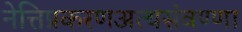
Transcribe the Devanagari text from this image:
नेत्तिप्रकरणअत्थसंवण्णा